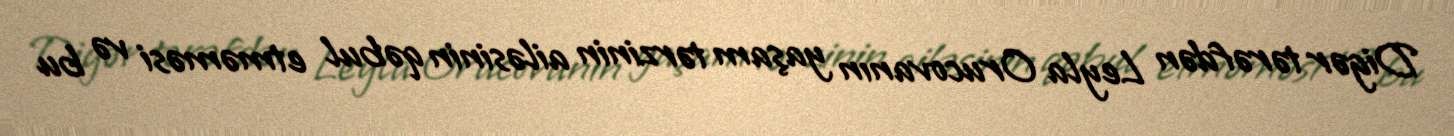
Digər tərəfdən Leyla Orucovanın yaşam tərzinin ailəsinin qəbul etməməsi və bu